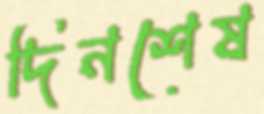
দিনশেষ